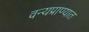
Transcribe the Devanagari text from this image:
वन्यप्राण्यात